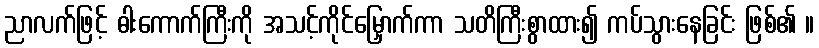
ညာလက်ဖြင့် ဓါးကောက်ကြီးကို အသင့်ကိုင်မြှောက်ကာ သတိကြီးစွာထား၍ ကပ်သွားနေခြင်း ဖြစ်၏ ။